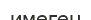
имеген